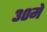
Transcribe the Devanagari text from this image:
३०मे